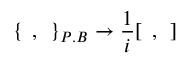
\{ \: \: , \: \: \} _ { P . B } \rightarrow \frac { 1 } { i } [ \: \: , \: \: ]